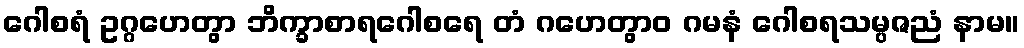
ဂေါစရံ ဥဂ္ဂဟေတွာ ဘိက္ခာစာရဂေါစရေ တံ ဂဟေတွာဝ ဂမနံ ဂေါစရသမ္ပဇညံ နာမ။